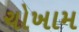
ચોખામ